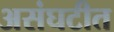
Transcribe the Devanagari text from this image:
असंघटीत